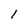
Character: l